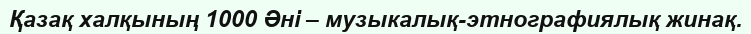
Қазақ халқының 1000 Әні – музыкалық-этнографиялық жинақ.